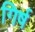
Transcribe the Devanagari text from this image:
गिर्ष